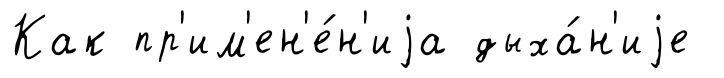
Как пр'им'ен'е́н'иjа дыха́н'иjе